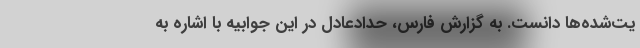
یت‌شده‌ها دانست. به گزارش فارس، حدادعادل در این جوابیه با اشاره به